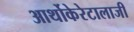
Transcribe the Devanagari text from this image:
आर्थोकेरेटालाजी